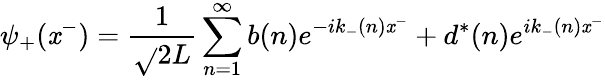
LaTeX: \psi_{+}(\mathit{x}^{-})={\frac{{1}}{{\sqrt{}{{2L}}}}}\sum_{n=1}^{\infty}b(n)e^{-ik_{-}(n)\mathit{x}^{-}}+d^{*}(n)e^{ik_{-}(n)\mathit{x}^{-}}